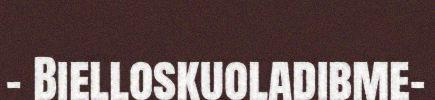
- Bielloskuoladibme-